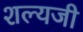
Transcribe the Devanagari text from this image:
शल्यजी